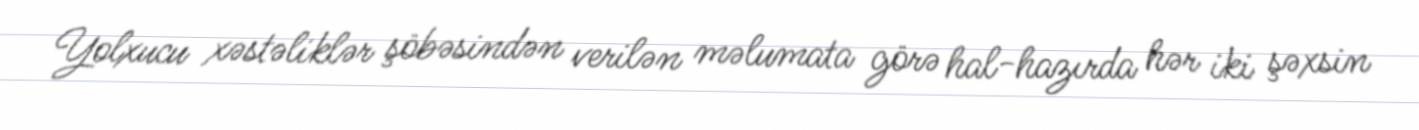
Yolxucu xəstəliklər şöbəsindən verilən məlumata görə hal-hazırda hər iki şəxsin